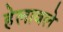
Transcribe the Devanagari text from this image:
हेलावले